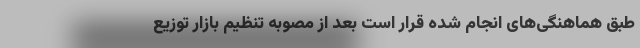
طبق هماهنگی‌های انجام شده قرار است بعد از مصوبه تنظیم بازار توزیع